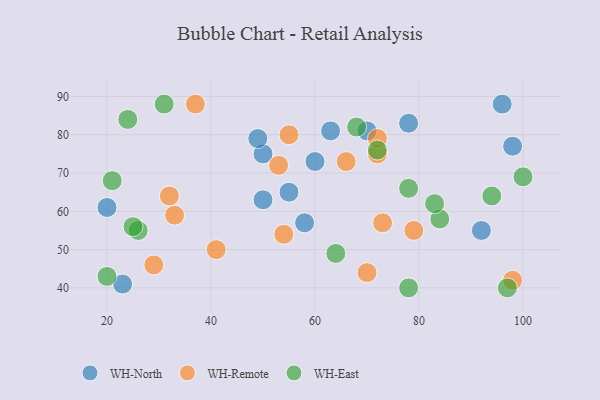
{"axis": {"x": "GDP", "y": "Life Expectancy"}, "legend": ["WH-East", "WH-North", "WH-Remote"], "data": [{"x": "20", "y": 61, "type": "WH-North"}, {"x": "96", "y": 88, "type": "WH-North"}, {"x": "55", "y": 65, "type": "WH-North"}, {"x": "98", "y": 77, "type": "WH-North"}, {"x": "60", "y": 73, "type": "WH-North"}, {"x": "78", "y": 83, "type": "WH-North"}, {"x": "63", "y": 81, "type": "WH-North"}, {"x": "70", "y": 81, "type": "WH-North"}, {"x": "50", "y": 63, "type": "WH-North"}, {"x": "50", "y": 75, "type": "WH-North"}, {"x": "49", "y": 79, "type": "WH-North"}, {"x": "23", "y": 41, "type": "WH-North"}, {"x": "58", "y": 57, "type": "WH-North"}, {"x": "92", "y": 55, "type": "WH-North"}, {"x": "66", "y": 73, "type": "WH-Remote"}, {"x": "41", "y": 50, "type": "WH-Remote"}, {"x": "73", "y": 57, "type": "WH-Remote"}, {"x": "54", "y": 54, "type": "WH-Remote"}, {"x": "70", "y": 44, "type": "WH-Remote"}, {"x": "29", "y": 46, "type": "WH-Remote"}, {"x": "72", "y": 75, "type": "WH-Remote"}, {"x": "79", "y": 55, "type": "WH-Remote"}, {"x": "98", "y": 42, "type": "WH-Remote"}, {"x": "37", "y": 88, "type": "WH-Remote"}, {"x": "53", "y": 72, "type": "WH-Remote"}, {"x": "72", "y": 79, "type": "WH-Remote"}, {"x": "55", "y": 80, "type": "WH-Remote"}, {"x": "32", "y": 64, "type": "WH-Remote"}, {"x": "33", "y": 59, "type": "WH-Remote"}, {"x": "26", "y": 55, "type": "WH-East"}, {"x": "31", "y": 88, "type": "WH-East"}, {"x": "64", "y": 49, "type": "WH-East"}, {"x": "84", "y": 58, "type": "WH-East"}, {"x": "78", "y": 40, "type": "WH-East"}, {"x": "72", "y": 76, "type": "WH-East"}, {"x": "20", "y": 43, "type": "WH-East"}, {"x": "21", "y": 68, "type": "WH-East"}, {"x": "94", "y": 64, "type": "WH-East"}, {"x": "68", "y": 82, "type": "WH-East"}, {"x": "24", "y": 84, "type": "WH-East"}, {"x": "83", "y": 62, "type": "WH-East"}, {"x": "25", "y": 56, "type": "WH-East"}, {"x": "97", "y": 40, "type": "WH-East"}, {"x": "78", "y": 66, "type": "WH-East"}, {"x": "100", "y": 69, "type": "WH-East"}]}